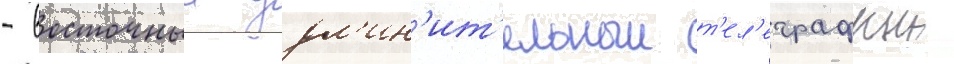
- восточныи удл'ин'ит'ельныи т'ел'еграфныи